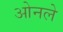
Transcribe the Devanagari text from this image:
ओनले